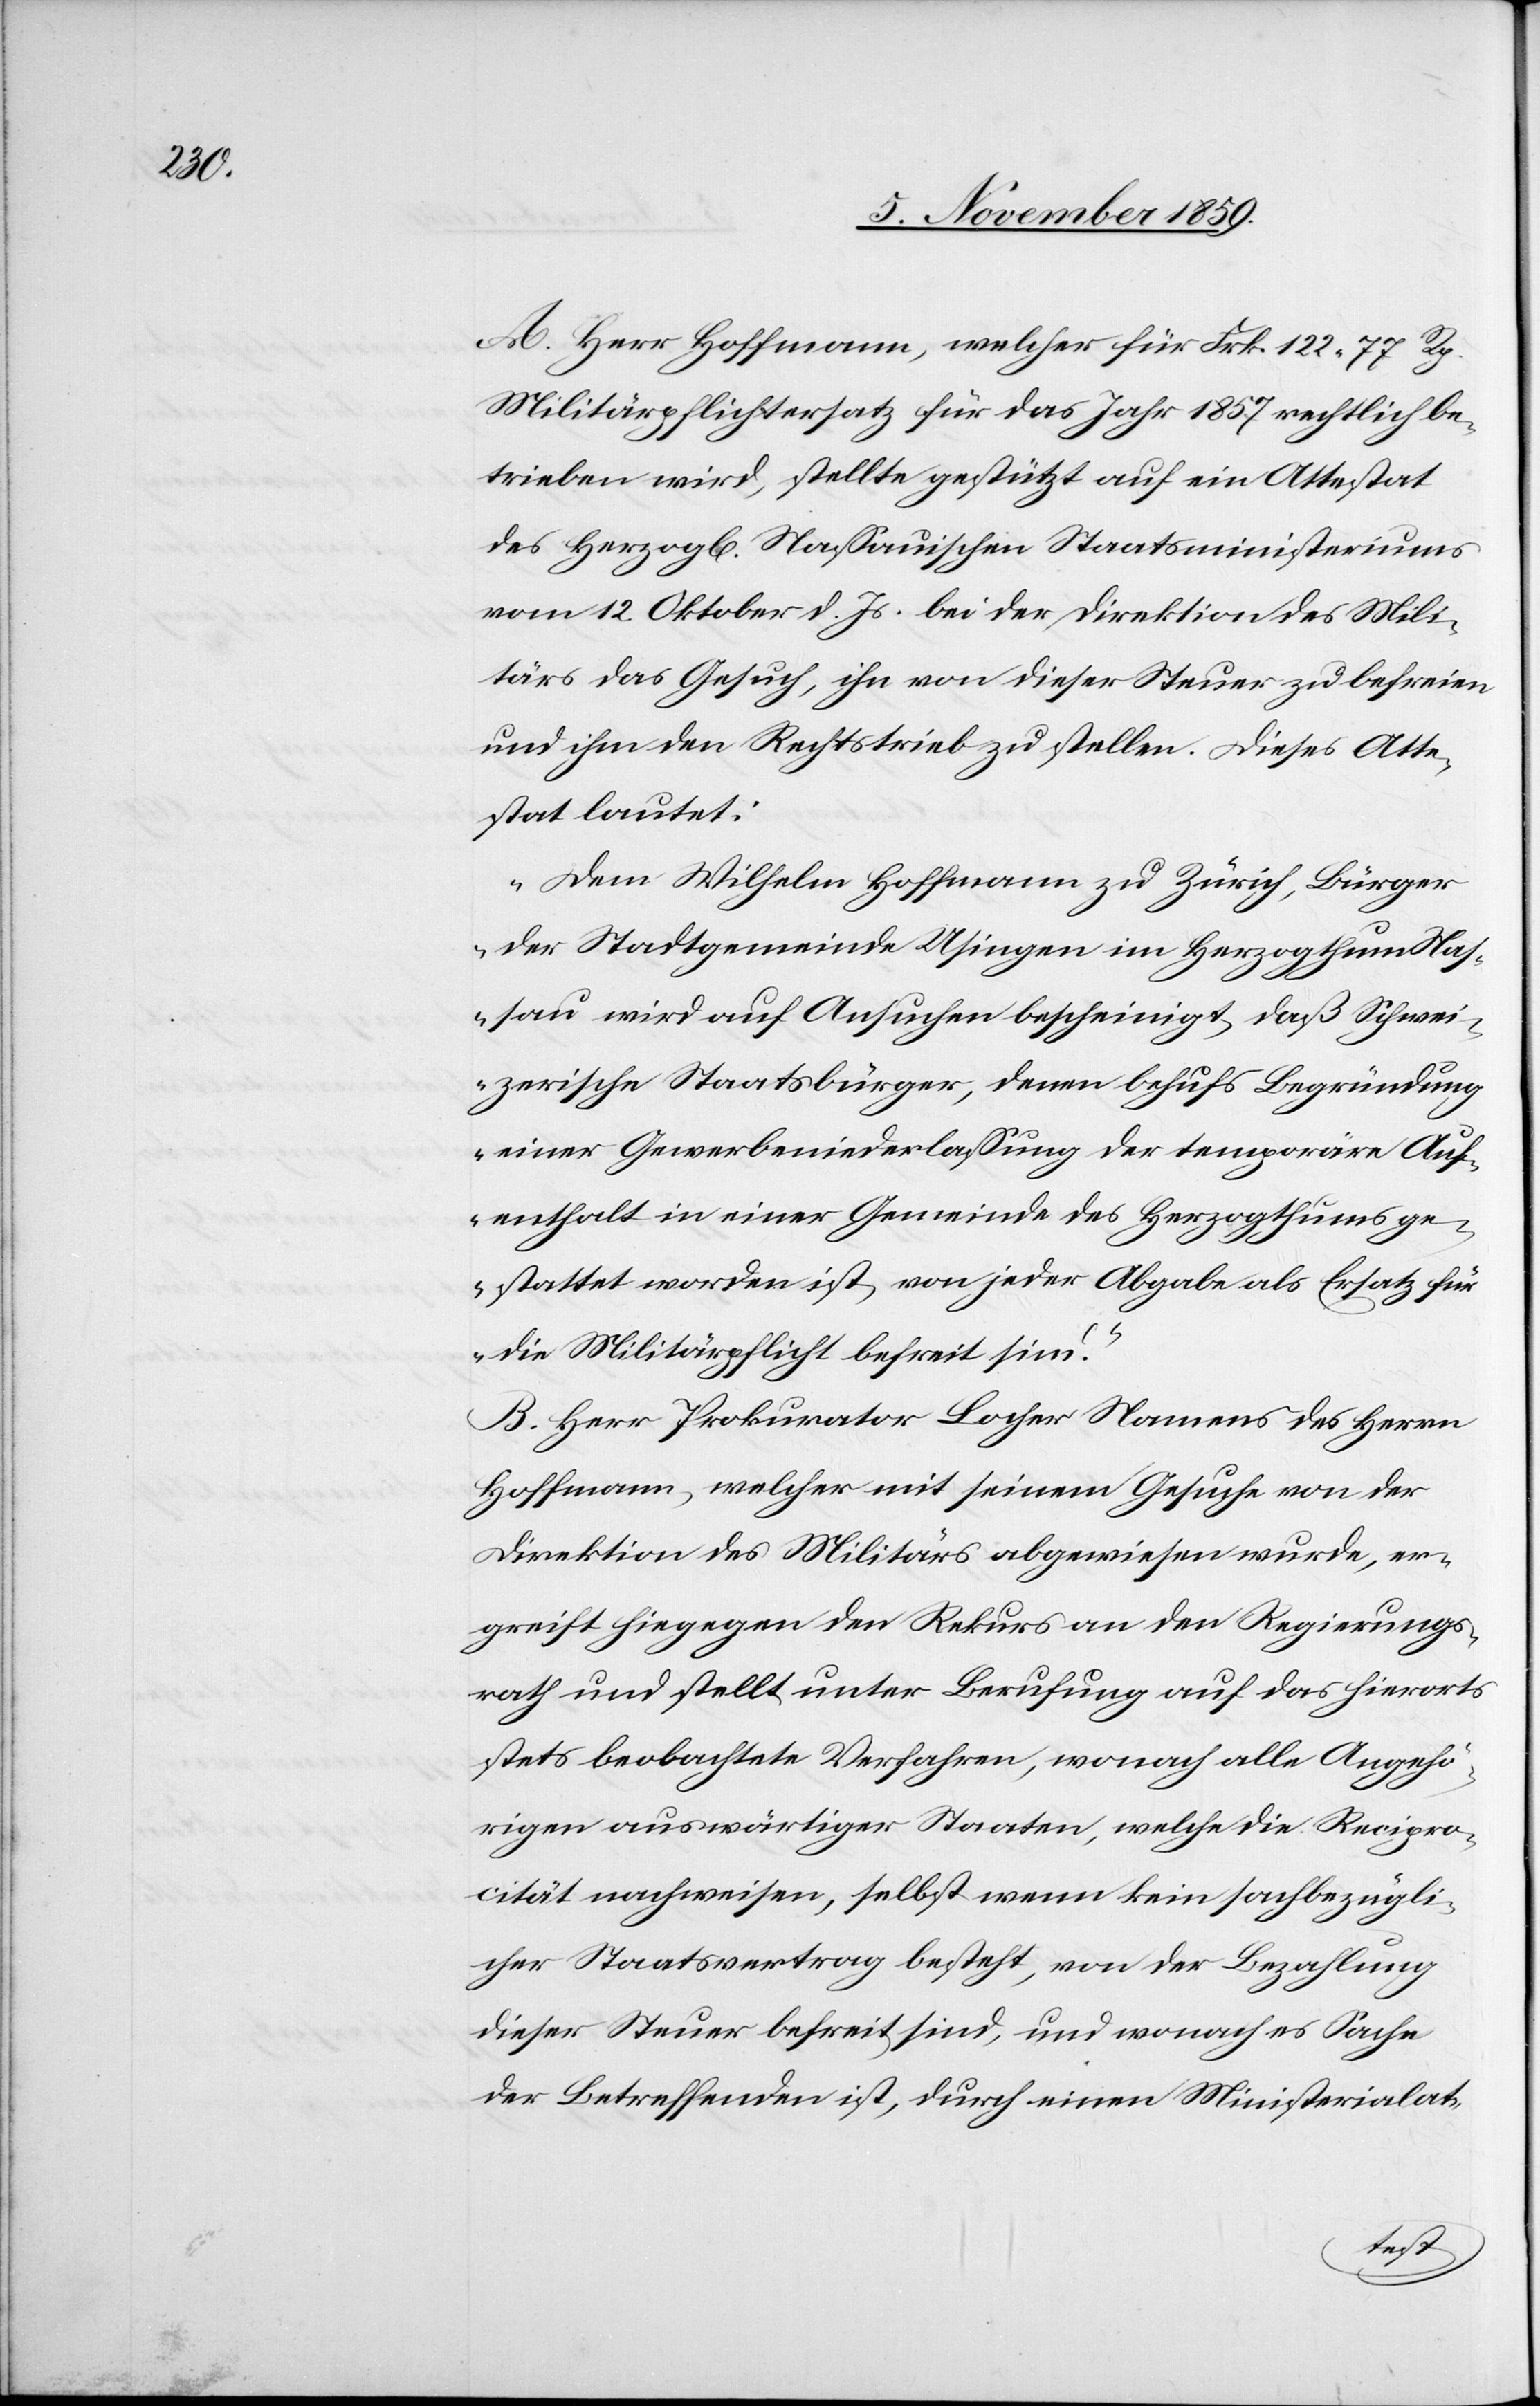
A. Herr Hoffmann, welcher für Frk. 122 77 Rp.
Militärpflichtersatz für das Jahr 1857 rechtlich be¬
trieben wird, stellte gestützt auf ein Attestat
des herzogl[ichen] Nassauischen Staatsministeriums
vom 12. Oktober d. Js. bei der Direktion des Mili¬
tärs das Gesuch, ihn von dieser Steuer zu befreien
und ihm den Rechtstrieb zu stellen. Dieses Atte¬
stat lautet:
„Dem Wilhelm Hoffmann zu Zürich, Bürger
der Stadtgemeinde Usingen im Herzogthum Nas¬
sau wird auf Ansuchen bescheinigt, daß Schwei¬
zerische Staatsbürger, denen behufs Begründung
einer Gewerbeniederlassung der temporäre Auf¬
enthalt in einer Gemeinde des Herzogthums ge¬
stattet worden ist, von jeder Abgabe als Ersatz für
die Militärpflicht befreit sind.“
B. Herr Prokurator Locher Namens des Herrn
Hoffmann, welcher mit seinem Gesuche von der
Direktion des Militärs abgewiesen wurde, er¬
greift hiegegen den Rekurs an den Regierungs¬
rath und stellt unter Berufung auf das hierorts
stets beobachtete Verfahren, wonach alle Angehö¬
rigen auswärtiger Staaten, welche die Recipro¬
cität nachweisen, selbst wenn kein sachbezügli¬
cher Staatsvertrag besteht, von der Bezahlung
dieser Steuer befreit sind, und wonach es Sache
der Betreffenden ist, durch einen Ministerialat-